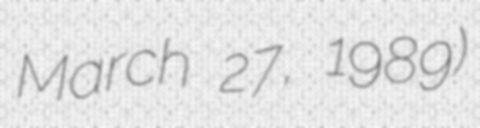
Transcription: March 27, 1989)